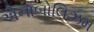
એનાબોલિઝમ